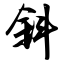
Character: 斜